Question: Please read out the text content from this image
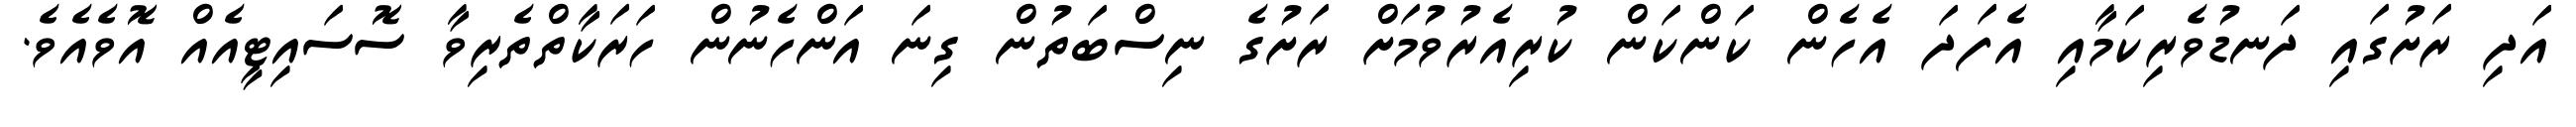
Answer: އަދި ރަށުގައި ދަނޑުވެރިކަމާއި އެފަދަ އެހެން ކަންކަން ކުރިއެރުވުމަށް ރަށުގެ ނިސްބަތުން ގިނަ އަންހެނުން ހަރަކާތްތެރިވާ ސޮސައިޓީއެއް އޮވެއެވެ.